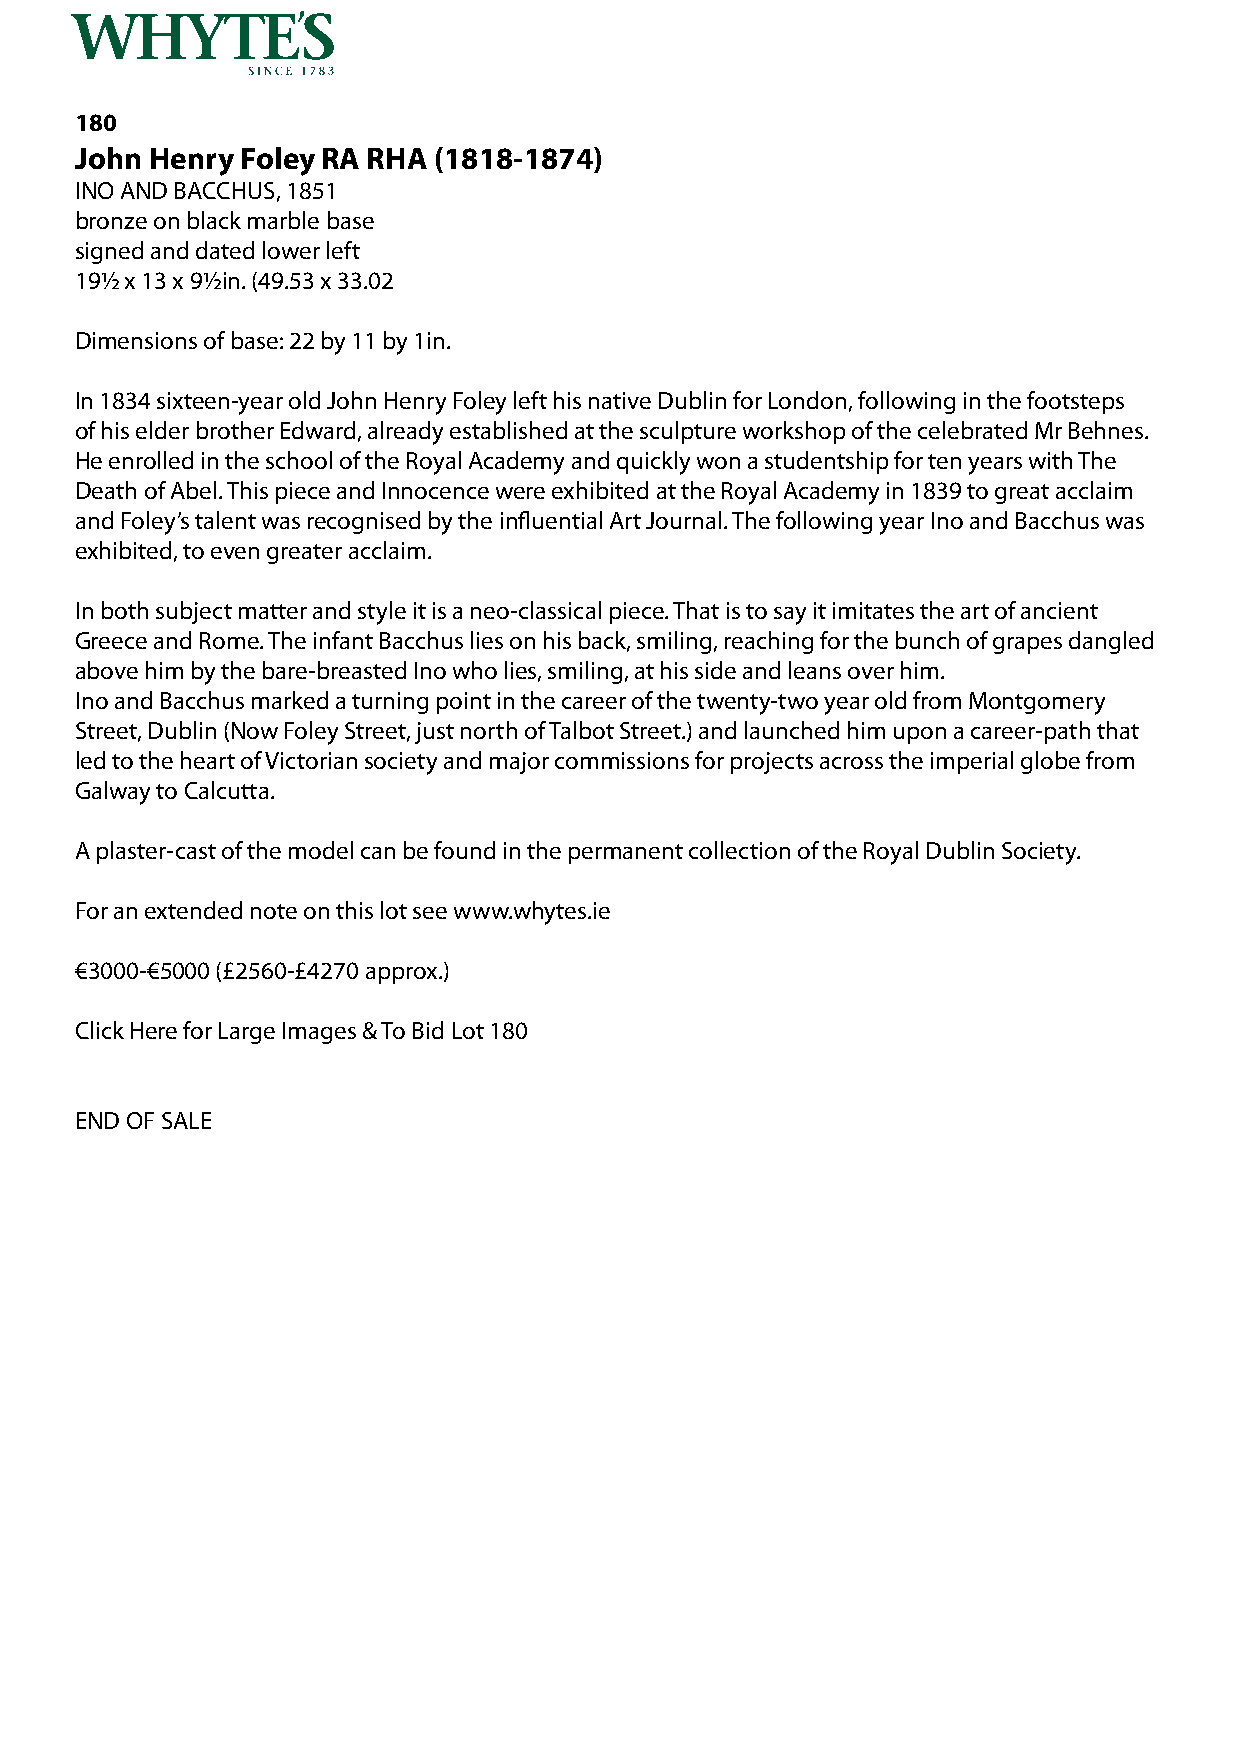
180
 John Henry Foley RA RHA (1818-1874)
 INO AND BACCHUS, 1851
 bronze on black marble base
 signed and dated lower left
 19½ x 13 x 9½in. (49.53 x 33.02
 Dimensions of base: 22 by 11 by 1in.
 In 1834 sixteen-year old John Henry Foley left his native Dublin for London, following in the footsteps
 of his elder brother Edward, already established at the sculpture workshop of the celebrated Mr Behnes.
 He enrolled in the school of the Royal Academy and quickly won a studentship for ten years with The
 Death of Abel. This piece and Innocence were exhibited at the Royal Academy in 1839 to great acclaim
 and Foley’s talent was recognised by the influential Art Journal. The following year Ino and Bacchus was
 exhibited, to even greater acclaim.
 In both subject matter and style it is a neo-classical piece. That is to say it imitates the art of ancient
 Greece and Rome. The infant Bacchus lies on his back, smiling, reaching for the bunch of grapes dangled
 above him by the bare-breasted Ino who lies, smiling, at his side and leans over him.
 Ino and Bacchus marked a turning point in the career of the twenty-two year old from Montgomery
 Street, Dublin (Now Foley Street, just north of Talbot Street.) and launched him upon a career-path that
 led to the heart of Victorian society and major commissions for projects across the imperial globe from
 Galway to Calcutta.
 A plaster-cast of the model can be found in the permanent collection of the Royal Dublin Society.
 For an extended note on this lot see www.whytes.ie
 €3000-€5000 (£2560-£4270 approx.)
 Click Here for Large Images & To Bid Lot 180
 END OF SALE